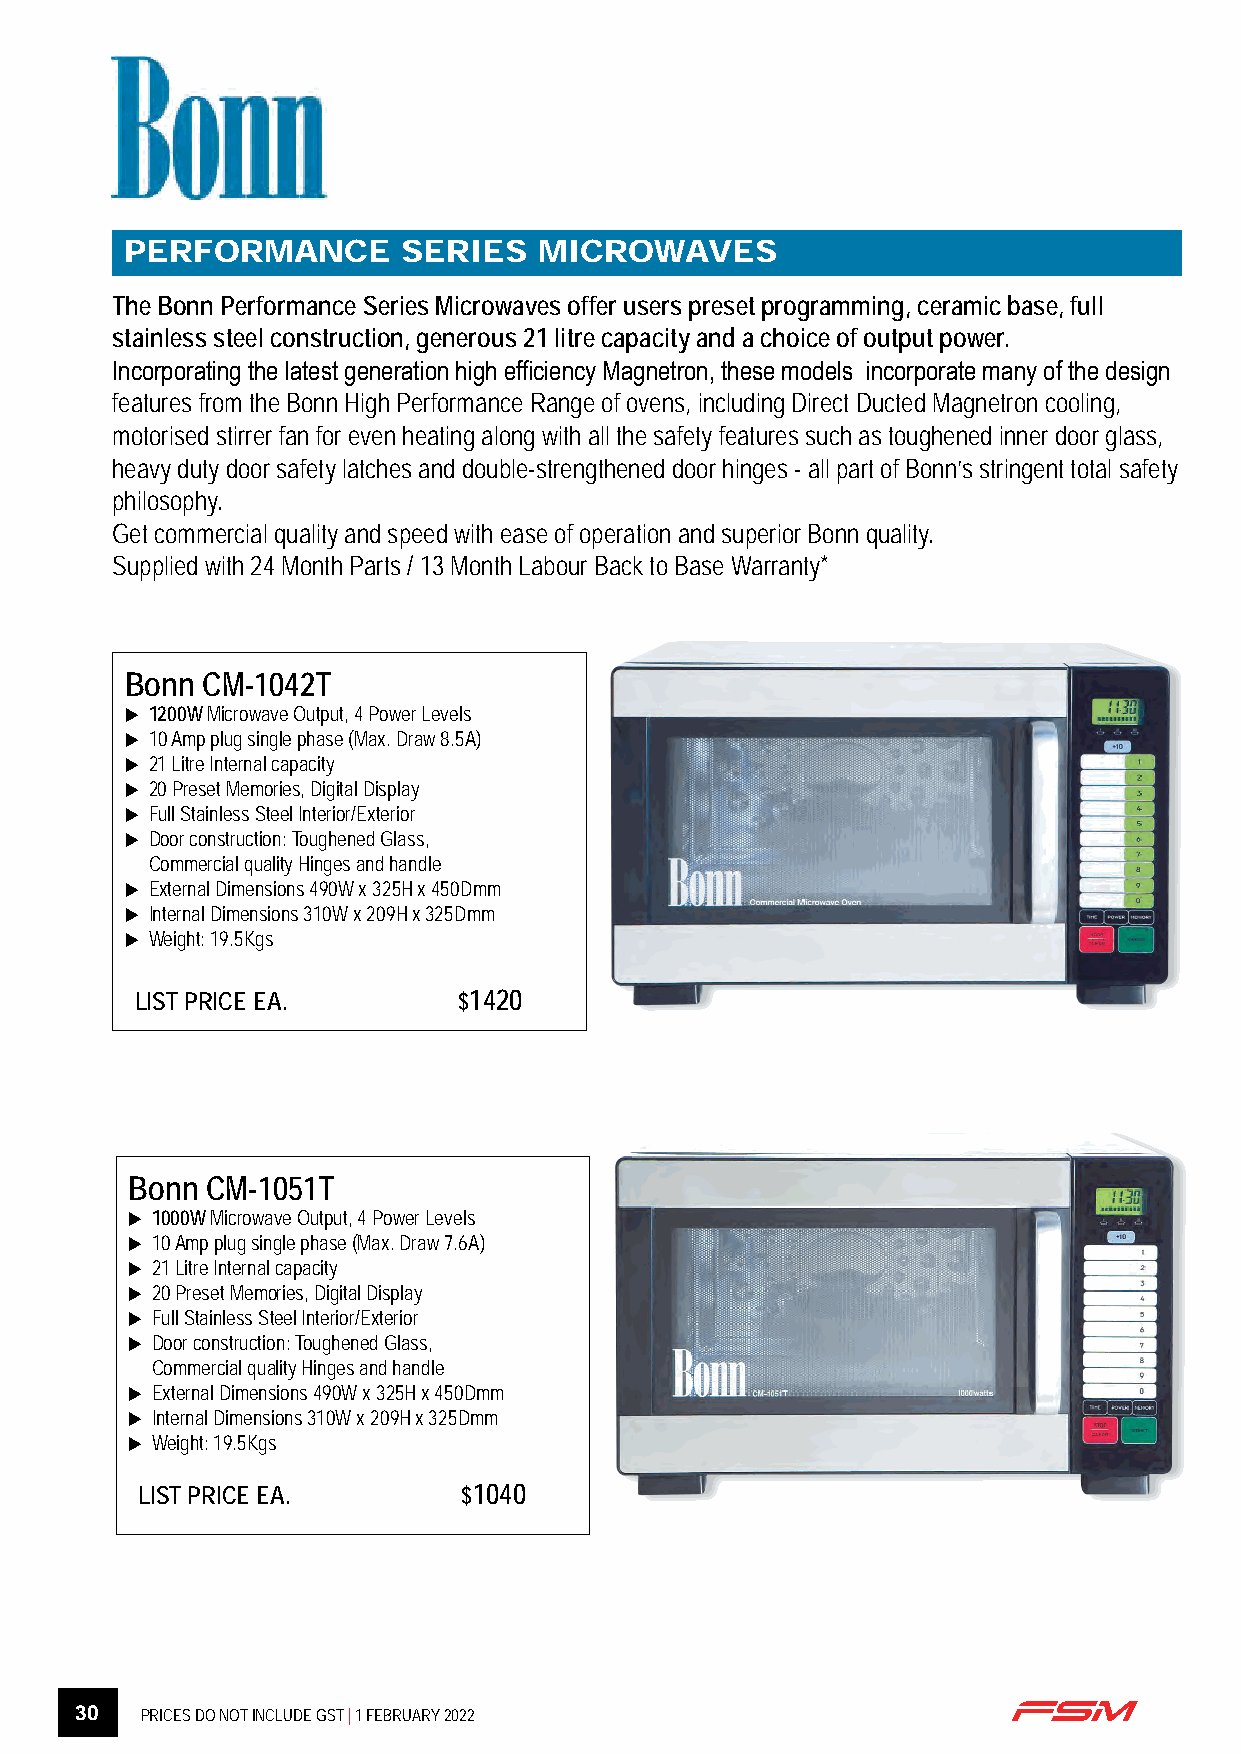
PERFORMANCE        SERIES   MICROWAVES
 The Bonn Performance Series Microwaves offer users preset programming, ceramic base, full
 stainless steel construction, generous 21 litre capacity and a choice of output power.
 Incorporating the latest generation high efficiency Magnetron, these models incorporate many of the design
 features from the Bonn High Performance Range of ovens, including Direct Ducted Magnetron cooling,
 motorised stirrer fan for even heating along with all the safety features such as toughened inner door glass,
 heavy duty door safety latches and double-strengthened door hinges - all part of Bonn’s stringent total safety
 philosophy.
 Get commercial quality and speed with ease of operation and superior Bonn quality.
 Supplied with 24 Month Parts / 13 Month Labour Back to Base Warranty*
 Bonn CM-1042T
 u 1200W Microwave Output, 4 Power Levels
 u 10 Amp plug single phase (Max. Draw 8.5A)
 u 21 Litre Internal capacity
 u 20 Preset Memories, Digital Display
 u Full Stainless Steel Interior/Exterior
 u Door construction: Toughened Glass,
 Commercial quality Hinges and handle
 u External Dimensions 490W x 325H x 450Dmm
 u Internal Dimensions 310W x 209H x 325Dmm
 u Weight: 19.5Kgs
 LIST PRICE EA.       $1420
 Bonn  CM-1051T
 u 1000W Microwave Output, 4 Power Levels
 u 10 Amp plug single phase (Max. Draw 7.6A)
 u 21 Litre Internal capacity
 u 20 Preset Memories, Digital Display
 u Full Stainless Steel Interior/Exterior
 u Door construction: Toughened Glass,
 Commercial quality Hinges and handle
 u External Dimensions 490W x 325H x 450Dmm
 u Internal Dimensions 310W x 209H x 325Dmm
 u Weight: 19.5Kgs
 LIST PRICE EA.        $1040
 30  PRICES DO NOT INCLUDE GST | 1 FEBRUARY 2022